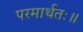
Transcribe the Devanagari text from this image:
परमार्थतः॥